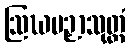
ဩဃပဉှာသုတ္တံ